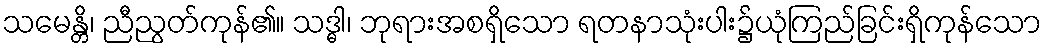
သမေန္တိ၊ ညီညွတ်ကုန်၏။ သဒ္ဓါ၊ ဘုရားအစရှိသော ရတနာသုံးပါး၌ယုံကြည်ခြင်းရှိကုန်သော